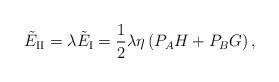
LaTeX: \begin{align*}{\tilde E_{\rm II}} = \lambda{\tilde E_{\rm I}}={1 \over 2}\lambda \eta \left({P_A}{H}+{P_B}{G}\right),\end{align*}